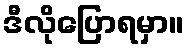
ဒီလိုပြောရမှာ။